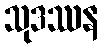
သုဒဿန